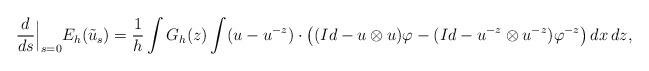
LaTeX: \begin{align*} \frac{d}{ds}\Big|_{s=0} E_h(\tilde u_s) = \frac1h \int G_h(z) \int ( u-u^{-z}) \cdot \left( (Id-u\otimes u) \varphi -(Id-u^{-z}\otimes u^{-z}) \varphi^{-z} \right) dx\,dz, \end{align*}